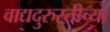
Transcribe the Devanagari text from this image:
वाद्यदुरुस्तीच्या